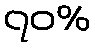
၇၀%